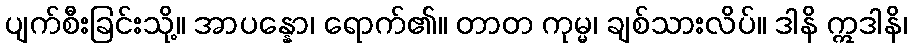
ပျက်စီးခြင်းသို့။ အာပန္နော၊ ရောက်၏။ တာတ ကုမ္မ၊ ချစ်သားလိပ်။ ဒါနိ ဣဒါနိ၊